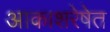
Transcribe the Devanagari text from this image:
आकाशरेषेत